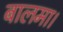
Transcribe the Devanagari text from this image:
बालमा।